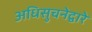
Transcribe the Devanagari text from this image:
अधिसुचनेद्वारे